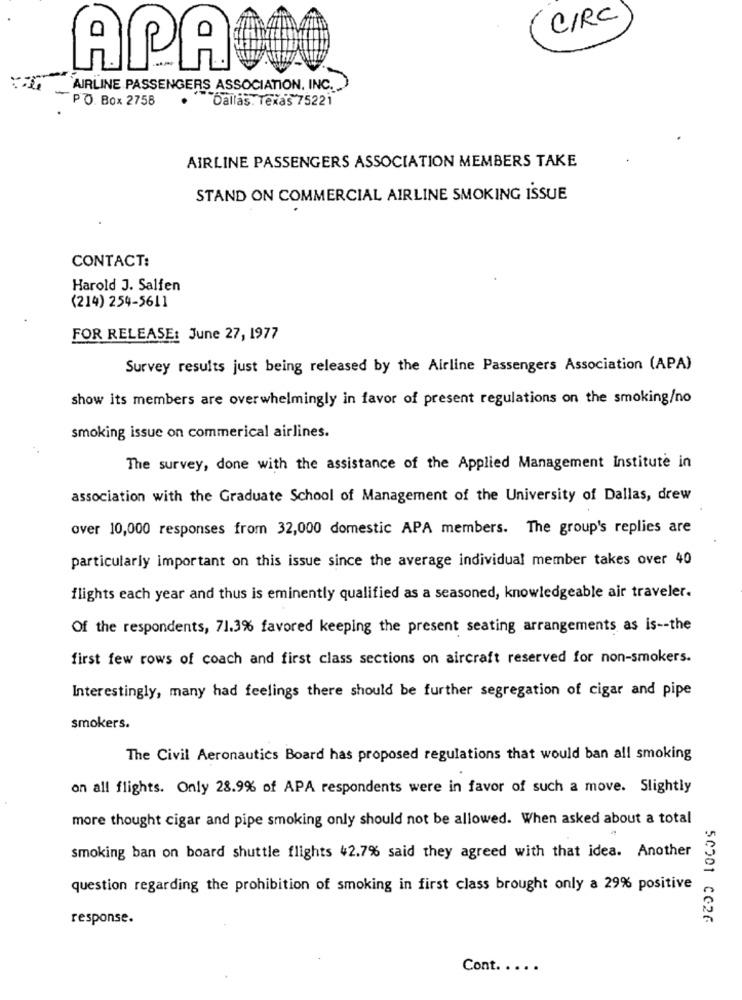
C/RC
APA
AIRLINE PASSENGERS ASSOCIATION, INC.
PO. Box 2758
.
Dallas, Texas 75221
AIRLINE PASSENGERS ASSOCIATION MEMBERS TAKE
STAND ON COMMERCIAL AIRLINE SMOKING ISSUE
CONTACT:
Harold J. Salfen
(214) 254-5611
FOR RELEASE: June 27, 1977
Survey results just being released by the Airline Passengers Association (APA)
show its members are overwhelmingly in favor of present regulations on the smoking/no
smoking issue on commerical airlines.
The survey, done with the assistance of the Applied Management Institute in
association with the Graduate School of Management of the University of Dallas, drew
over 10,000 responses from 32,000 domestic APA members. The group's replies are
particularly important on this issue since the average individual member takes over 40
flights each year and thus is eminently qualified as a seasoned, knowledgeable air traveler.
Of the respondents, 71.3% favored keeping the present seating arrangements as is -- the
first few rows of coach and first class sections on aircraft reserved for non-smokers.
Interestingly, many had feelings there should be further segregation of cigar and pipe
smokers.
The Civil Aeronautics Board has proposed regulations that would ban all smoking
on all flights. Only 28.9% of APA respondents were in favor of such a move. Slightly
more thought cigar and pipe smoking only should not be allowed. When asked about a total
smoking ban on board shuttle flights 42.7% said they agreed with that idea. Another
question regarding the prohibition of smoking in first class brought only a 29% positive
response.
50501 CG26
Cont. . ...